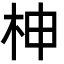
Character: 柛